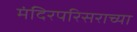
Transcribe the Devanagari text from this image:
मंदिरपरिसराच्या